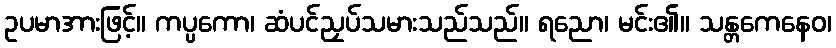
ဥပမာအားဖြင့်။ ကပ္ပကော၊ ဆံပင်ညှပ်သမားသည်သည်။ ရညော၊ မင်း၏။ သန္တကေနေဝ၊